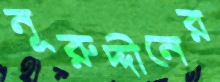
নূরুদ্দীনের